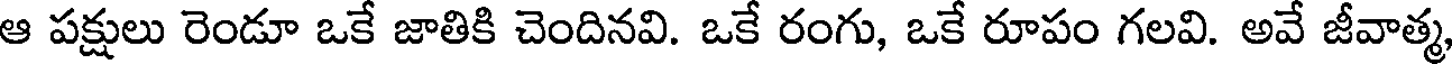
ఆ పక్షులు రెండూ ఒకే జాతికి చెందినవి. ఒకే రంగు, ఒకే రూపం గలవి. అవే జీవాత్మ